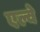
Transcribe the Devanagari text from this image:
एल्वे